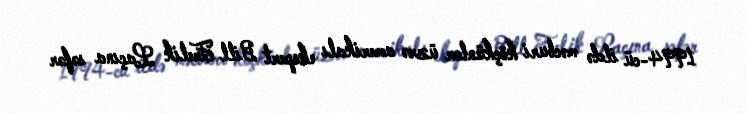
1994-cü ildə məcburi köçkünlər üzrə amerikalı ekspert Bill Frelik Laçına səfər